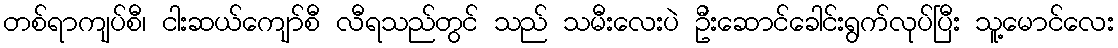
တစ်ရာကျပ်စီ၊ ငါးဆယ်ကျော်စီ လီရသည်တွင် သည် သမီးလေးပဲ ဦးဆောင်ခေါင်းရွက်လုပ်ပြီး သူ့မောင်လေး